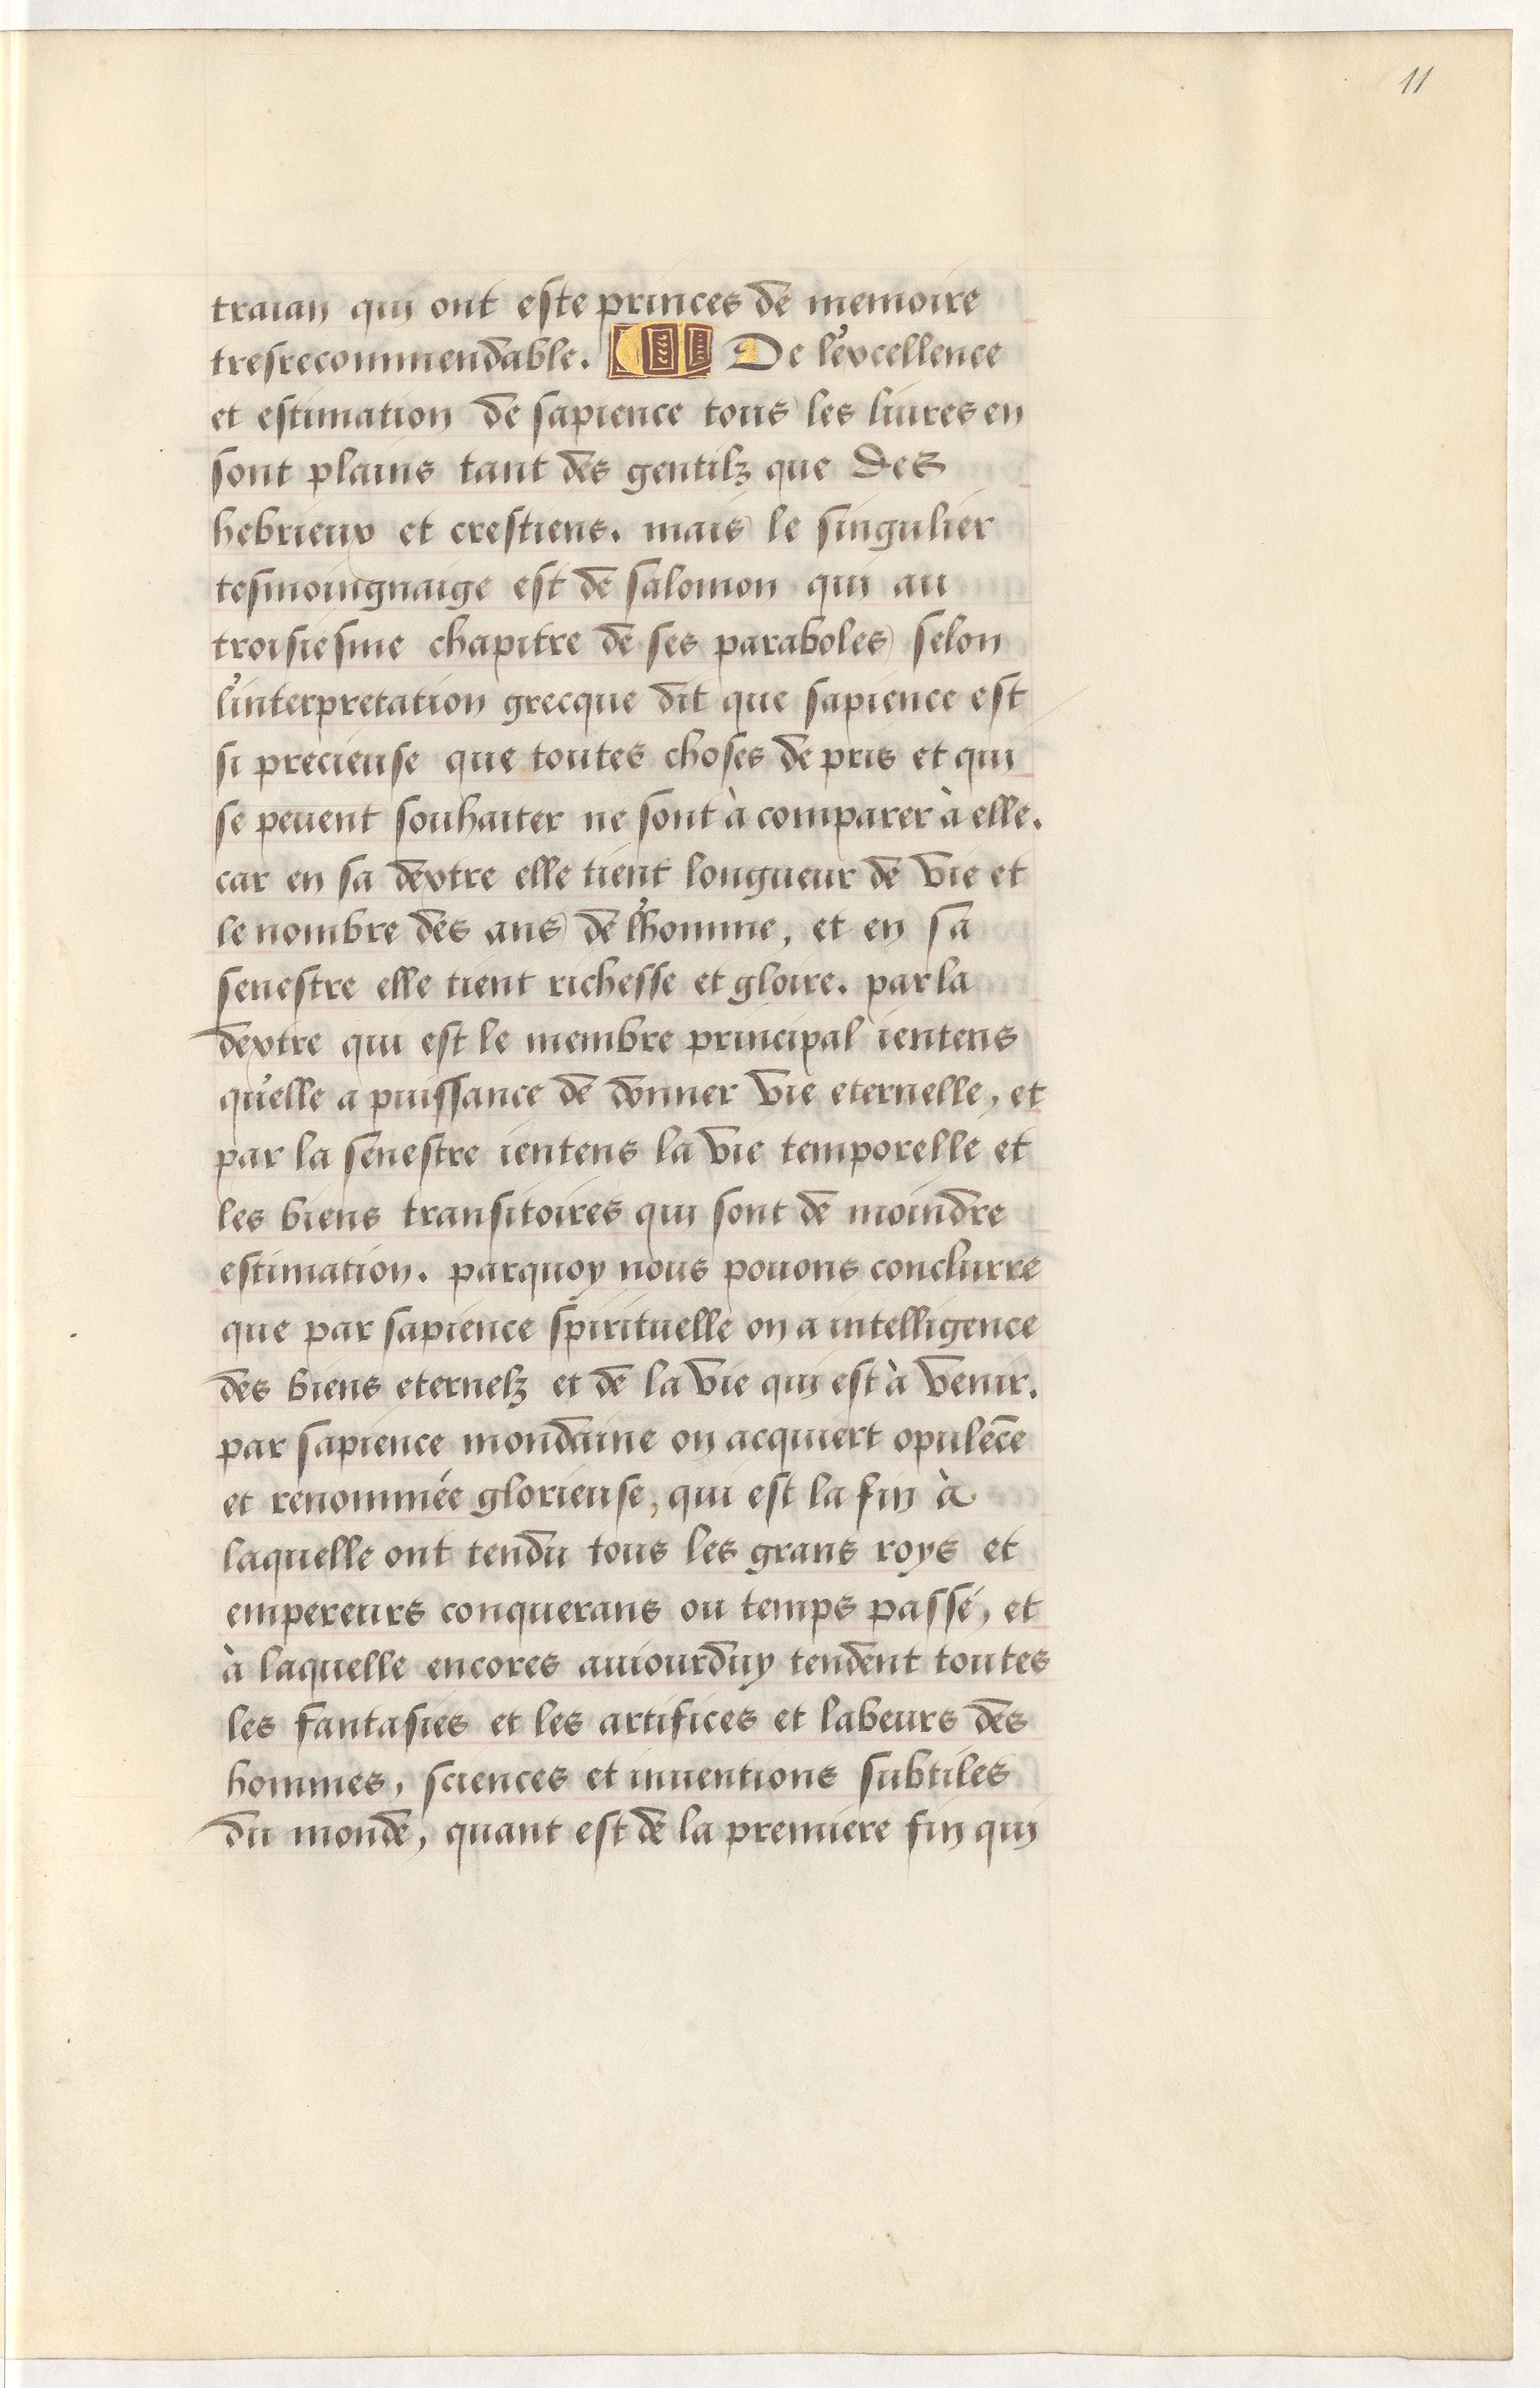
Shelfmark: Paris, BnF, Arsenal, 5103
Century: 15